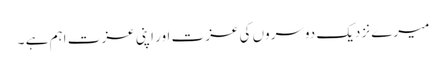
میرے نزدیک دوسروں کی عزت اور اپنی عزت اہم ہے ۔